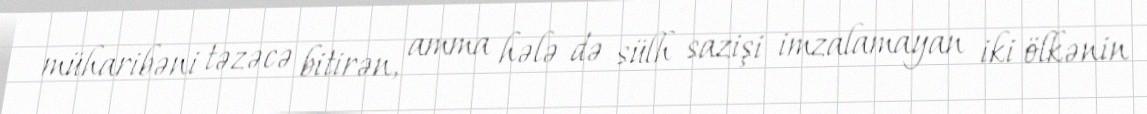
müharibəni təzəcə bitirən, amma hələ də sülh sazişi imzalamayan iki ölkənin